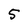
Character: 5